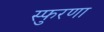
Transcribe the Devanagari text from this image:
स्फुरणा